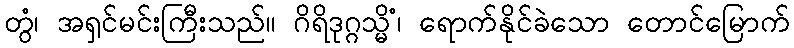
တွံ၊ အရှင်မင်းကြီးသည်။ ဂိရိဒုဂ္ဂသ္မိံ၊ ရောက်နိုင်ခဲသော တောင်မြောက်